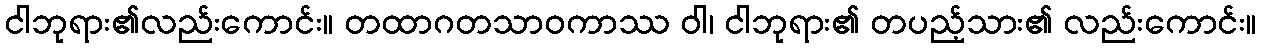
ငါဘုရား၏လည်းကောင်း။ တထာဂတသာဝကာဿ ဝါ၊ ငါဘုရား၏ တပည့်သား၏ လည်းကောင်း။